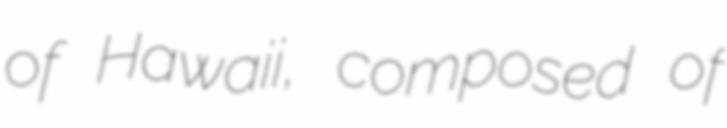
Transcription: of Hawaii, composed of